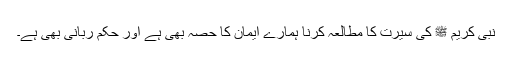
نبی کریم ﷺ کی سیرت کا مطالعہ کرنا ہمارے ایمان کا حصہ بھی ہے اور حکم ربانی بھی ہے۔